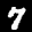
Label: 7